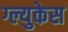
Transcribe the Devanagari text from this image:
ग्ल्युकेस